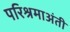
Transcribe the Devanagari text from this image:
परिश्रमाअंती